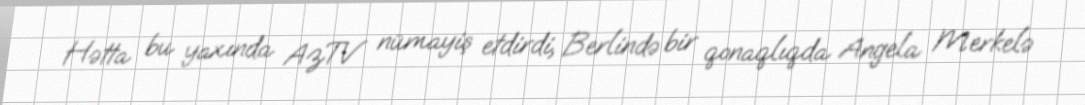
Hətta bu yaxında AzTV nümayiş etdirdi, Berlində bir qonaqlıqda Angela Merkelə